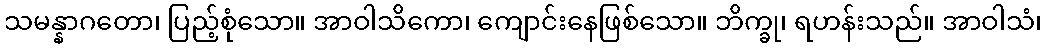
သမန္နာဂတော၊ ပြည့်စုံသော။ အာဝါသိကော၊ ကျောင်းနေဖြစ်သော။ ဘိက္ခု၊ ရဟန်းသည်။ အာဝါသံ၊